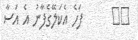
٢٠      ފަހެ އެކަލޭގެފާނު އެ އަސާ